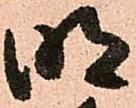
明